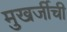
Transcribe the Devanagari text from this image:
मुखर्जीची